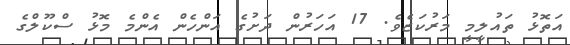
އަތޮޅު ތައުލީމީ މަރުކަޒެވެ. 17 އަހަރުން ދަށުގެ އަންހެން އެންމެ މޮޅު ސްކޫލްގެ